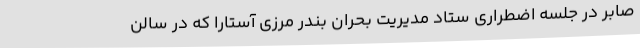
صابر در جلسه اضطراری ستاد مدیریت بحران بندر مرزی آستارا که در سالن